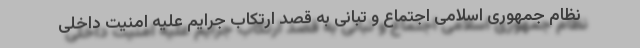
نظام جمهوری اسلامی اجتماع و تبانی به قصد ارتکاب جرایم علیه امنیت داخلی